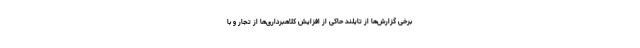
برخی گزارش‌ها از تایلند حاکی از افزایش کلاهبرداری‌ها از تجار و با